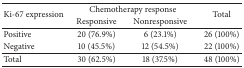
<table><thead><tr><td rowspan="2"><b>Ki-67 expression</b></td><td colspan="2"><b>Chemotherapy response</b></td><td rowspan="2"><b>Total</b></td></tr><tr><td><b>Responsive</b></td><td><b>Nonresponsive</b></td></tr></thead><tbody><tr><td>Positive</td><td>20 (76.9%)</td><td>6 (23.1%)</td><td>26 (100%)</td></tr><tr><td>Negative</td><td>10 (45.5%)</td><td>12 (54.5%)</td><td>22 (100%)</td></tr><tr><td>Total</td><td>30 (62.5%)</td><td>18 (37.5%)</td><td>48 (100%)</td></tr></tbody></table>